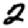
Digit: 2